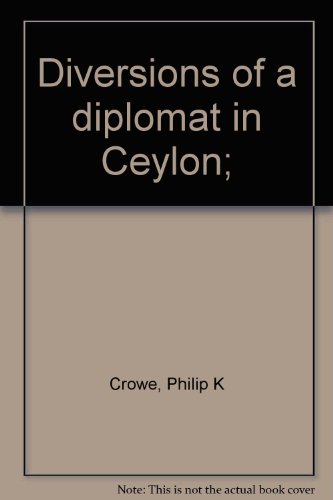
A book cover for Diversions of a diplomat in Ceylon;; Philip K Crowe; Travel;